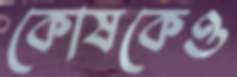
কোষকেও